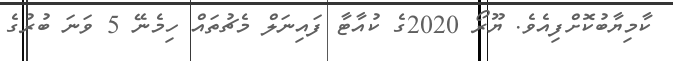
ކާމިޔާބުކޮށްފިއެވެ. ޔޫރޯ 2020ގެ ކުއާޓާ ފައިނަލް މެޗުތައް ހިމެނޭ 5 ވަނަ ބުރުގެ